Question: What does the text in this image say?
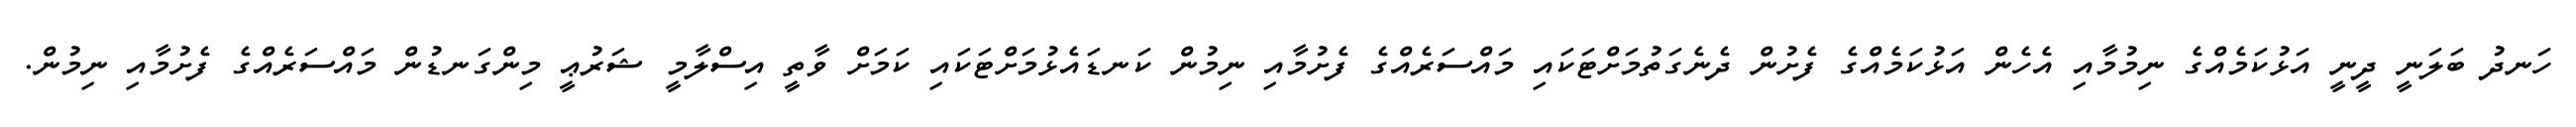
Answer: ހަނދު ބަލަނީ ދީނީ އަޅުކަމެއްގެ ނިމުމާއި އެހެން އަޅުކަމެއްގެ ފެށުން ދެނެގަތުމަށްޓަކައި މައްސަރެއްގެ ފެށުމާއި ނިމުން ކަނޑައެޅުމަށްޓަކައި ކަމަށް ވާތީ އިސްލާމީ ޝަރުޢީ މިންގަނޑުން މައްސަރެއްގެ ފެށުމާއި ނިމުން.